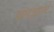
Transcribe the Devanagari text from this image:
भारद्वाजो